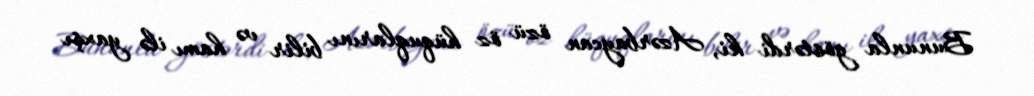
Bununla göstərdi ki, Azərbaycan özü öz hüquqlarını bilir və hamı ilə yaxşı